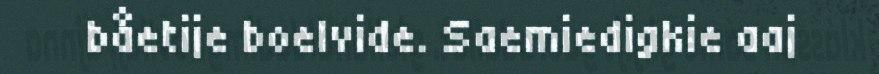
båetije boelvide. Saemiedigkie aaj